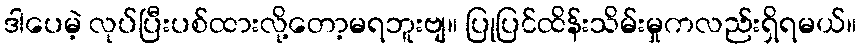
ဒါပေမဲ့ လုပ်ပြီးပစ်ထားလို့တော့မရဘူးဗျ။ ပြုပြင်ထိန်းသိမ်းမှုကလည်းရှိရမယ်။